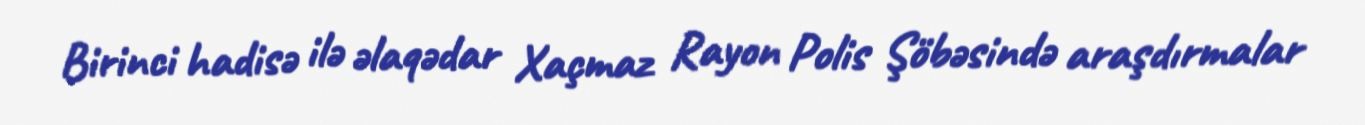
Birinci hadisə ilə əlaqədar Xaçmaz Rayon Polis Şöbəsində araşdırmalar